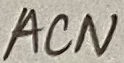
Text: ACN